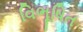
વિભૂષિત